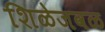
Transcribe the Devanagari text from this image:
शिळेजवळ